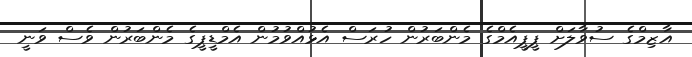
އާޒިމްގެ ސުވާލަށް ޕީޕީއެމްގެ މެންބަރުން ހުރަސް އެޅުއްވުމުން އެމްޑީޕީގެ މެންބަރުން ވެސް ވަނީ